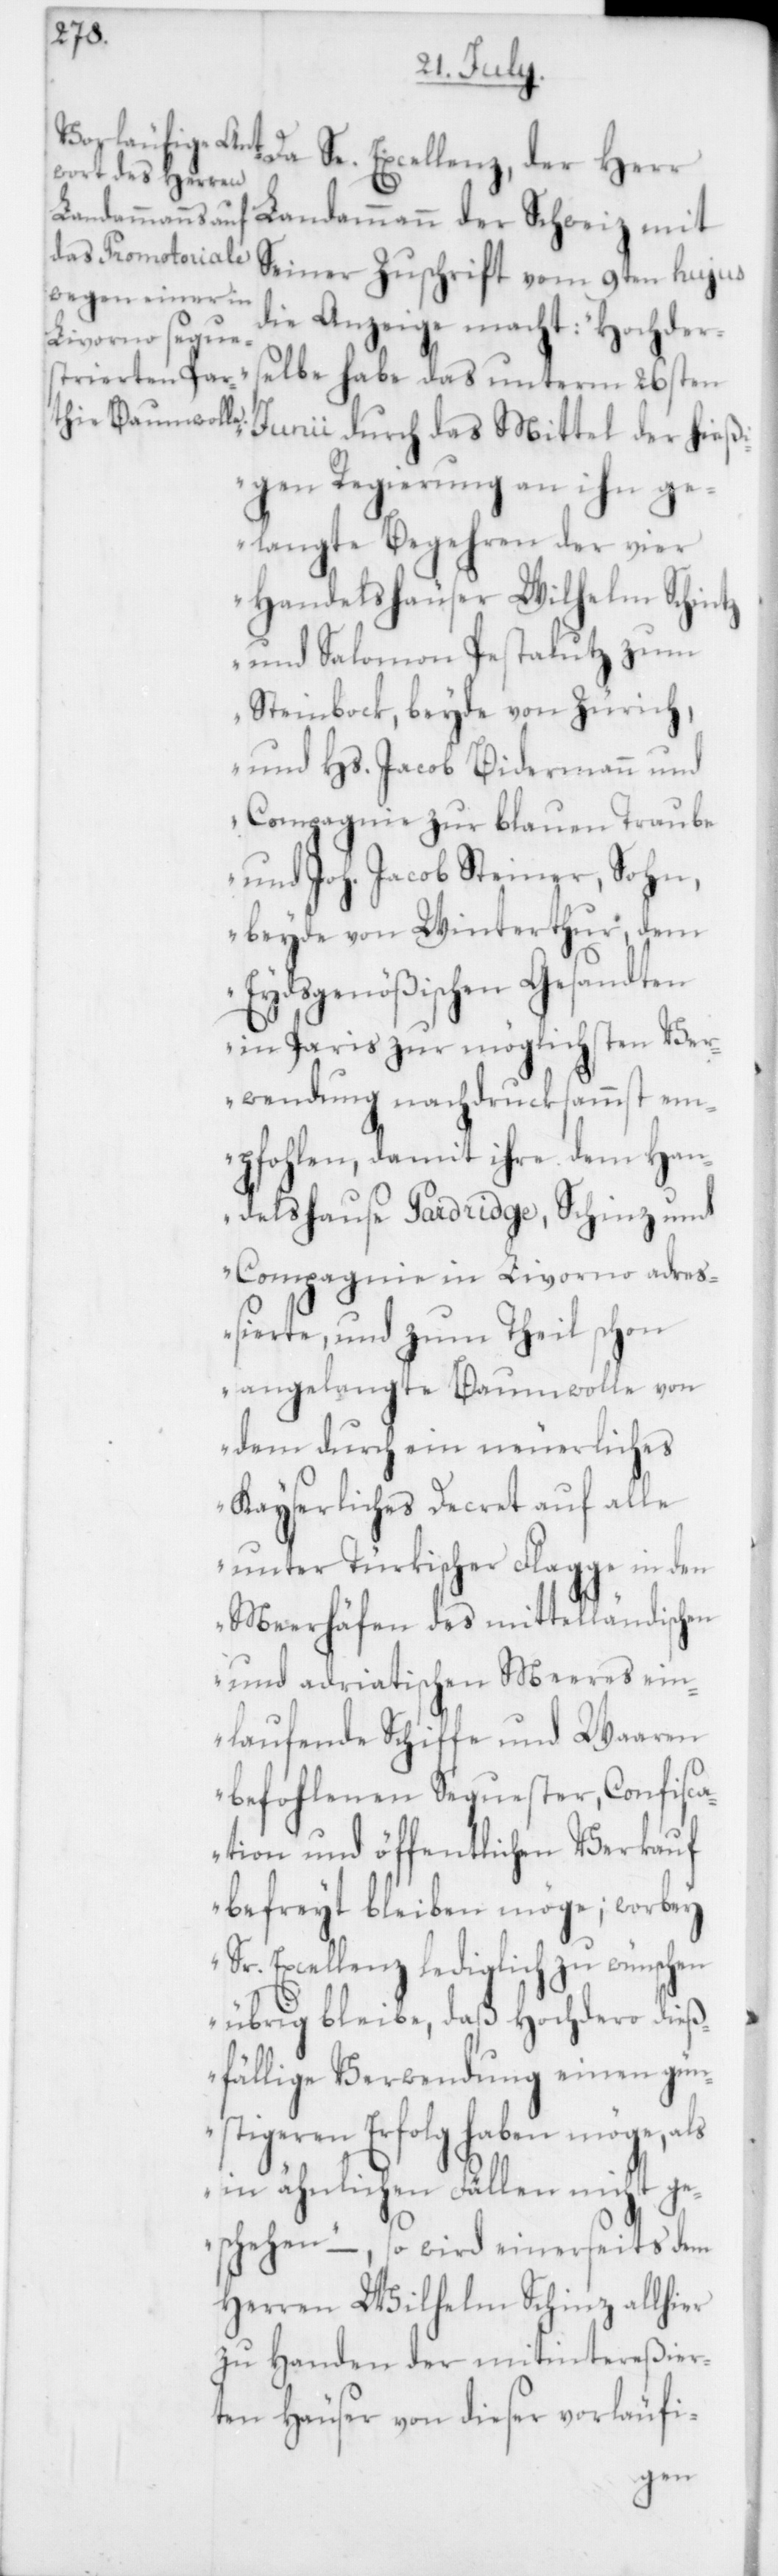
Da Se. Excellenz, der Herr
Landammann der Schweiz mit
Seiner Zuschrift vom 9ten hujus
die Anzeige macht: „Hochder¬
selbe habe das unterm 26sten
igen Regierung an ihn ge¬
langte Begehren der vier
Handelshäuser Wilhelm Schintz
und Salomon Pestalutz zum
Steinbock, beyde von Zürich;
und Hs. Jacob Bidermann und
Compagnie zur blauen Traube
und Joh. Jacob Steiner Sohn,
beyde von Winterthur, dem
Eydsgenößischen Gesandten
in Paris zu möglichsten Ver¬
wendung nachdrucksammst em¬
pfohlen, damit ihre dem Han¬
delshause Pardrige, Schinz und
Compagnie in Livorno adr¬
eßierte, und zum Theil schon
angelangte Baumwolle von
dem durch ein neuerliches
Kayserliches Decret auf alle
unter Türkischer Flagge in den
Meerhäfen des mittelländischen
und adriatischen Meeres ein¬
laufende Schiffe und Waaren
befohlenen Sequester, Confisca¬
tion und öffentlichen Verkauf
befreyt bleiben möge; worbey
Sr Excellenz lediglich zu wünschen
übrig bleibe, daß Hochdero dieß¬
fällige Verwendung einen gün¬
stigeren Erfolg haben möge, als
in ähnlichen Fällen nicht ge¬
schehen“ – so wird einerseits dem
Herren Wilhelm Schinz allhier
zu Handen der mitintereßier¬
ten Häuser von dieser vorläufi-
hieß¬